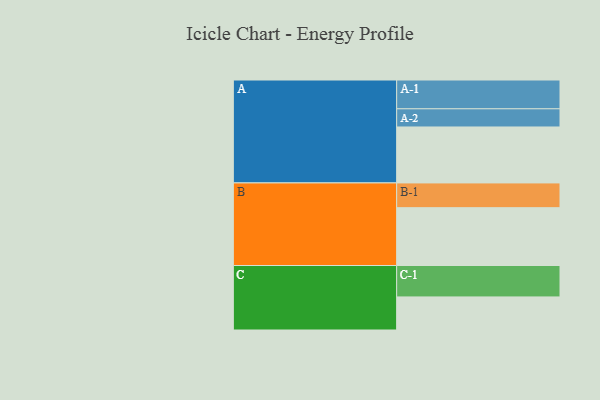
{"axis": {"x": "Segment", "y": "Value"}, "legend": ["", "A", "B", "C"], "data": [{"x": "A", "y": 511, "type": ""}, {"x": "B", "y": 528, "type": ""}, {"x": "C", "y": 302, "type": ""}, {"x": "A-1", "y": 263, "type": "A"}, {"x": "A-2", "y": 166, "type": "A"}, {"x": "B-1", "y": 226, "type": "B"}, {"x": "C-1", "y": 287, "type": "C"}]}